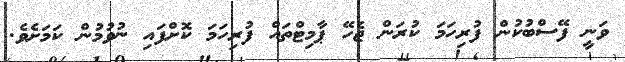
ވަނީ ފޭސްބުކުން ފުރިހަމަ ކުރަން ޖެހޭ ޕާމިޓްތައް ފުރިހަމަ ކޮށްފައި ނުވުމުން ކަމަށެވެ.